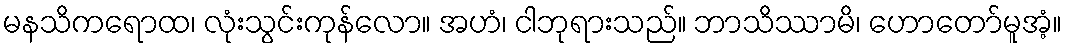
မနသိကရောထ၊ လုံးသွင်းကုန်လော။ အဟံ၊ ငါဘုရားသည်။ ဘာသိဿာမိ၊ ဟောတော်မူအံ့။